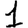
Digit: 1